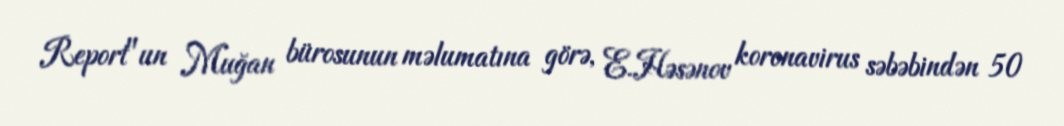
Report"un Muğan bürosunun məlumatına görə, E.Həsənov koronavirus səbəbindən 50